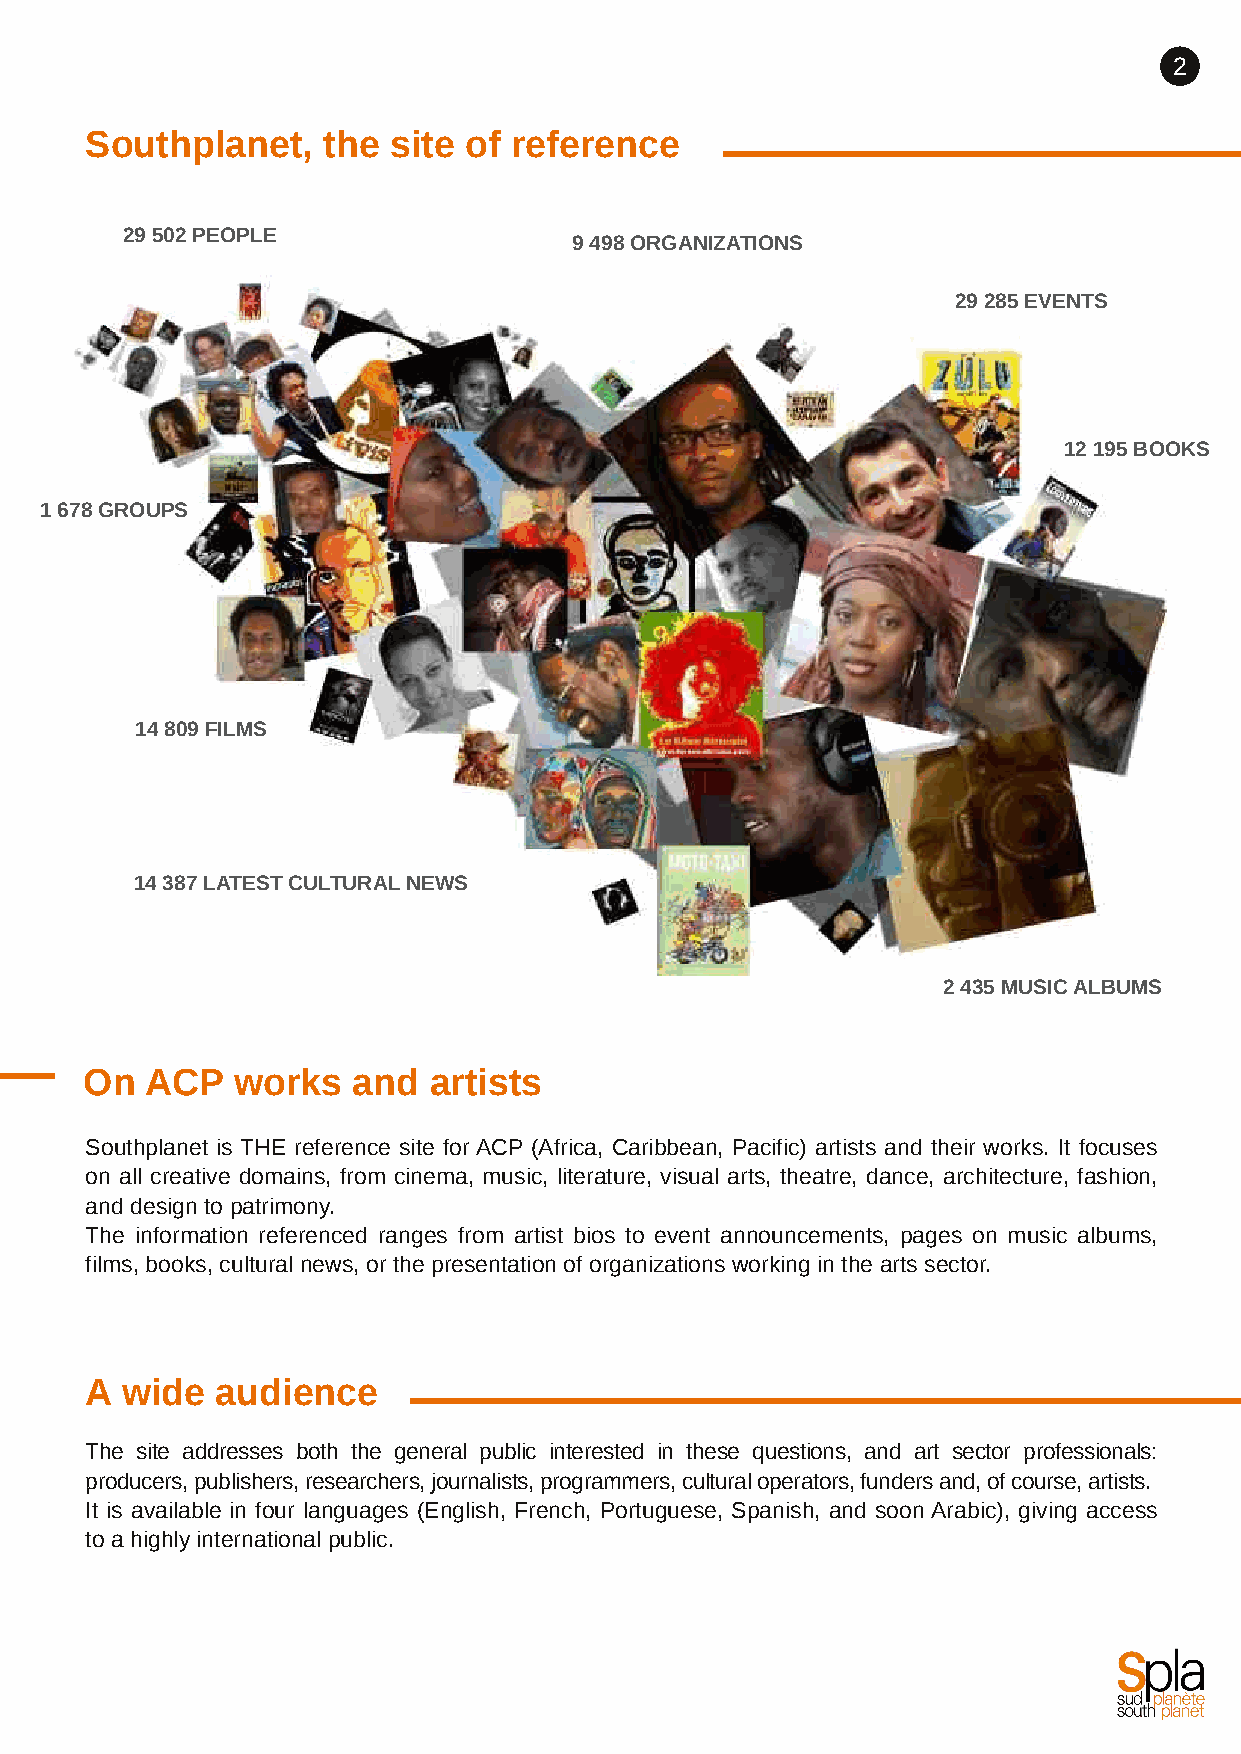
2
 Southplanet,   the  site of reference
 29502PEOPLE
 9498ORGANIZATIONS
 29285EVENTS
 12195BOOKS
 1678GROUPS
 14809FILMS
 14387LATESTCULTURALNEWS
 2435MUSICALBUMS
 On  ACP  works   and  artists
 Southplanet is THE reference site for ACP (Africa, Caribbean, Pacific) artists and their works. It focuses
 on all creative domains, from cinema, music, literature, visual arts, theatre, dance, architecture, fashion,
 and design to patrimony.
 The information referenced ranges from artist bios to event announcements, pages on music albums,
 films, books, cultural news, or the presentation of organizations working in the arts sector.
 A wide  audience
 The site addresses both the general public interested in these questions, and art sector professionals:
 producers,publishers,researchers,journalists,programmers,culturaloperators,fundersand,ofcourse,artists.
 It is available in four languages (English, French, Portuguese, Spanish, and soon Arabic), giving access
 to a highly international public.